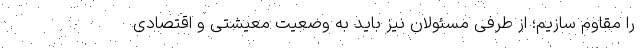
را مقاوم سازیم؛ از طرفی مسئولان نیز باید به وضعیت معیشتی و اقتصادی